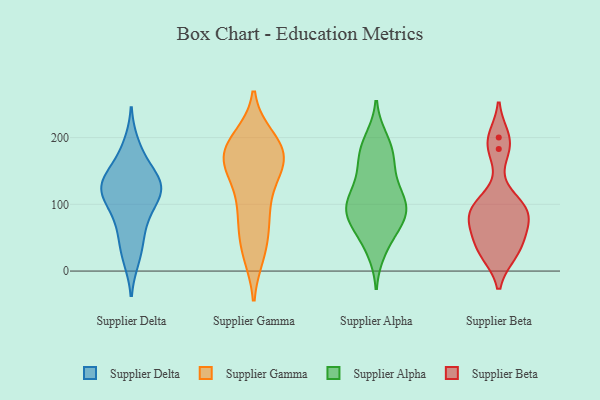
{"axis": {"x": "Population (Million)", "y": "Value"}, "legend": ["Supplier Alpha", "Supplier Beta", "Supplier Delta", "Supplier Gamma"], "data": [{"x": "", "y": 110, "type": "Supplier Delta"}, {"x": "", "y": 167, "type": "Supplier Delta"}, {"x": "", "y": 66, "type": "Supplier Delta"}, {"x": "", "y": 131, "type": "Supplier Delta"}, {"x": "", "y": 126, "type": "Supplier Delta"}, {"x": "", "y": 188, "type": "Supplier Delta"}, {"x": "", "y": 133, "type": "Supplier Delta"}, {"x": "", "y": 122, "type": "Supplier Delta"}, {"x": "", "y": 101, "type": "Supplier Delta"}, {"x": "", "y": 140, "type": "Supplier Delta"}, {"x": "", "y": 122, "type": "Supplier Delta"}, {"x": "", "y": 71, "type": "Supplier Delta"}, {"x": "", "y": 32, "type": "Supplier Delta"}, {"x": "", "y": 20, "type": "Supplier Delta"}, {"x": "", "y": 159, "type": "Supplier Gamma"}, {"x": "", "y": 186, "type": "Supplier Gamma"}, {"x": "", "y": 164, "type": "Supplier Gamma"}, {"x": "", "y": 44, "type": "Supplier Gamma"}, {"x": "", "y": 169, "type": "Supplier Gamma"}, {"x": "", "y": 87, "type": "Supplier Gamma"}, {"x": "", "y": 198, "type": "Supplier Gamma"}, {"x": "", "y": 188, "type": "Supplier Gamma"}, {"x": "", "y": 152, "type": "Supplier Gamma"}, {"x": "", "y": 27, "type": "Supplier Gamma"}, {"x": "", "y": 127, "type": "Supplier Gamma"}, {"x": "", "y": 154, "type": "Supplier Gamma"}, {"x": "", "y": 85, "type": "Supplier Gamma"}, {"x": "", "y": 85, "type": "Supplier Gamma"}, {"x": "", "y": 182, "type": "Supplier Gamma"}, {"x": "", "y": 29, "type": "Supplier Gamma"}, {"x": "", "y": 187, "type": "Supplier Gamma"}, {"x": "", "y": 92, "type": "Supplier Alpha"}, {"x": "", "y": 81, "type": "Supplier Alpha"}, {"x": "", "y": 167, "type": "Supplier Alpha"}, {"x": "", "y": 174, "type": "Supplier Alpha"}, {"x": "", "y": 187, "type": "Supplier Alpha"}, {"x": "", "y": 82, "type": "Supplier Alpha"}, {"x": "", "y": 33, "type": "Supplier Alpha"}, {"x": "", "y": 148, "type": "Supplier Alpha"}, {"x": "", "y": 82, "type": "Supplier Alpha"}, {"x": "", "y": 126, "type": "Supplier Alpha"}, {"x": "", "y": 102, "type": "Supplier Alpha"}, {"x": "", "y": 76, "type": "Supplier Alpha"}, {"x": "", "y": 109, "type": "Supplier Alpha"}, {"x": "", "y": 106, "type": "Supplier Alpha"}, {"x": "", "y": 45, "type": "Supplier Alpha"}, {"x": "", "y": 195, "type": "Supplier Alpha"}, {"x": "", "y": 85, "type": "Supplier Beta"}, {"x": "", "y": 88, "type": "Supplier Beta"}, {"x": "", "y": 27, "type": "Supplier Beta"}, {"x": "", "y": 102, "type": "Supplier Beta"}, {"x": "", "y": 200, "type": "Supplier Beta"}, {"x": "", "y": 183, "type": "Supplier Beta"}, {"x": "", "y": 49, "type": "Supplier Beta"}, {"x": "", "y": 26, "type": "Supplier Beta"}, {"x": "", "y": 91, "type": "Supplier Beta"}, {"x": "", "y": 61, "type": "Supplier Beta"}]}